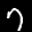
Label: 7